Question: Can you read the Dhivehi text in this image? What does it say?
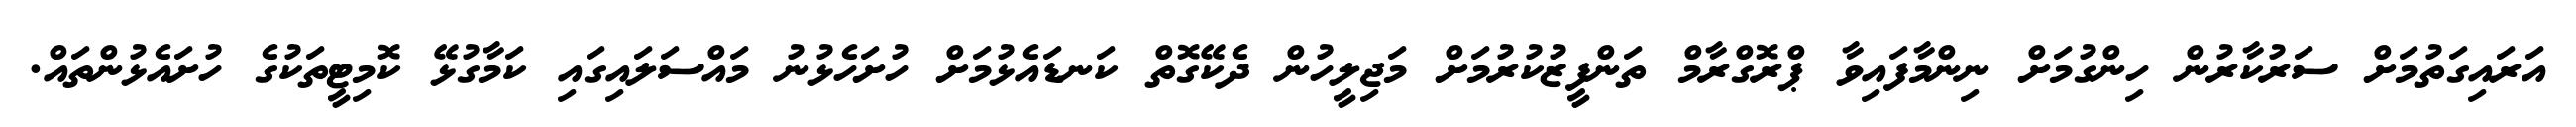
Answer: އަރައިގަތުމަށް ސަރުކާރުން ހިންގުމަށް ނިންމާފައިވާ ޕްރޮގްރާމް ތަންފީޒުކުރުމަށް މަޖިލީހުން ދެކޭގޮތް ކަނޑައެޅުމަށް ހުށަހެޅުނު މައްސަލައިގައި ކަމާގުޅޭ ކޮމިޓީތަކުގެ ހުށައެޅުންތައް.